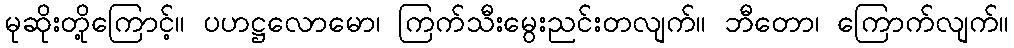
မုဆိုးတို့ကြောင့်။ ပဟဋ္ဌလောမော၊ ကြက်သီးမွေးညင်းတလျက်။ ဘီတော၊ ကြောက်လျက်။